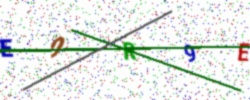
Text: E0R9E